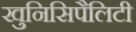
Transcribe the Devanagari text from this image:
खुनिसिपैलिटी